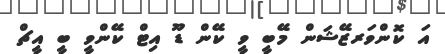
އަ ކޮންވަރޒޭޝަން މޭބީ ވީ ކޭން ޑޫ އިޓް ކޭންވީ ބީ އީޗް